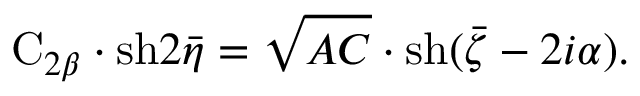
\mathrm { C } _ { 2 \beta } \cdot \mathrm { s h } 2 \bar { \eta } = \sqrt { A C } \cdot \mathrm { s h } ( \bar { \zeta } - 2 i \alpha ) .